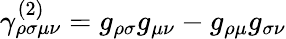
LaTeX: \gamma_{\rho\sigma\mu\nu}^{(2)}=g_{\rho\sigma}g_{\mu\nu}-g_{\rho\mu}g_{\sigma\nu}